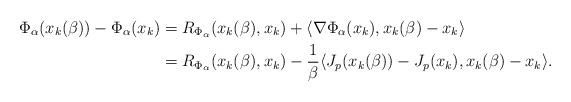
LaTeX: \begin{align*} \Phi_\alpha (x_k (\beta)) - \Phi_\alpha (x_k) & = R_{\Phi_\alpha} (x_k(\beta), x_k) + \langle \nabla \Phi_\alpha (x_k), x_k(\beta) - x_k \rangle\\& = R_{\Phi_\alpha} (x_k(\beta), x_k) - \frac{1}{\beta} \langle J_p (x_k(\beta)) - J_p (x_k), x_k(\beta) - x_k \rangle. \end{align*}